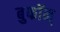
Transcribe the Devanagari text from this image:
बुफॉन्